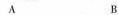
A B